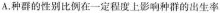
A.种群的性别比例在一定程上影响种群的出生率